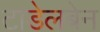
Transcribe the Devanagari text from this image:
टाडेलबेन